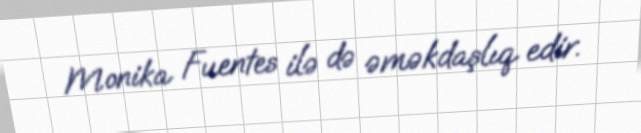
Monika Fuentes ilə də əməkdaşlıq edir.